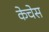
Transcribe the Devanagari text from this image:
केचेस